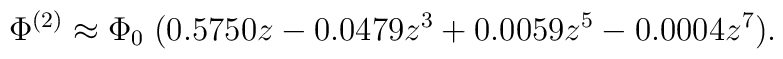
\Phi^{(2)} \approx \Phi_0 \;(0.5750 z - 0.0479 z^3 + 0.0059 z^5- 0.0004 z^7).